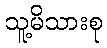
သူ့မိသားစု